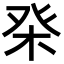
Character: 𤼨